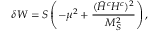
\delta W = S \left( - \mu ^ { 2 } + \frac { ( \bar { H } ^ { c } H ^ { c } ) ^ { 2 } } { M _ { S } ^ { 2 } } \right) ,